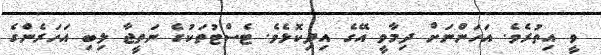
ވީ އިތުރެވެ. އަހަންނަށް ދިމާވީ އޭގެ އިދިކޮޅެވެ. ޓެސްޓުތަކުގެ ނަތީޖާ ލިބި އަހަރެންގެ